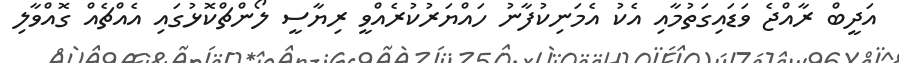
އަދީބް ރާއްޖެ ވަޑައިގަތުމާއި އެކު އެމަނިކުފާނު ހައްޔަރުކުރެއްވީ ރިޔާސީ ލޯންޗްކޮޅުގައި އެއްޗެއް ގޮއްވާލި